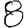
Digit: 8